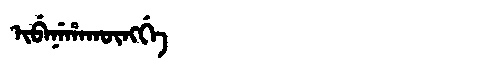
Manchu: ᡳᠪᡝᠨᡝᡥᠠᡴᡡᠩᡤᡝ
Romanization: IBENEHAKŪNGGE